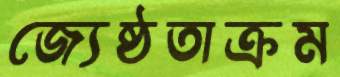
জ্যেষ্ঠতাক্রম